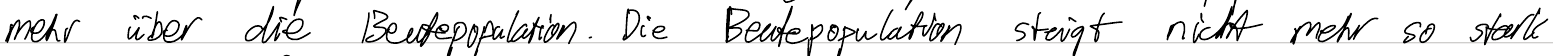
mehr über die Beutepopulation. Die Beutepopulation steigt nicht mehr so stark